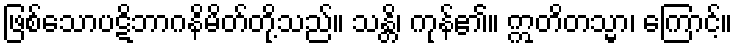
ဖြစ်သောပဋိဘာဂနိမိတ်တို့သည်။ သန္တိ၊ ကုန်၏။ ဣတိတသ္မာ၊ ကြောင့်။